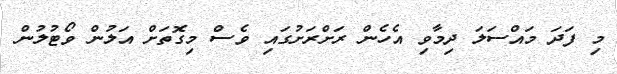
މި ފަދަ މައްސަލަ ދިމާވި އެހެން ރަށްރަށުގައި ވެސް މިގޮތަށް އަލުން ވޯޓުލުން